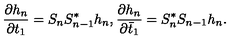
\frac { \partial h _ { n } } { \partial t _ { 1 } } = S _ { n } S _ { n - 1 } ^ { * } h _ { n } , \frac { \partial h _ { n } } { \partial \bar { t } _ { 1 } } = S _ { n } ^ { * } S _ { n - 1 } h _ { n } .